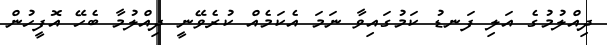
ދިއްލުމުގެ އަލި ފަނޑު ކަމުގައިވާ ނަމަ އެކަމެއް ކުރެވޭނީ ދިއްލުމާ ބެހޭ އޮފީހުން